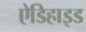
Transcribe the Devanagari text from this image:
ऐडिहाइड